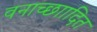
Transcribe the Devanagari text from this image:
वनाच्छाादित